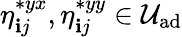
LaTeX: \eta_{\mathbf{i}j}^{*{yx}},\eta_{\mathbf{i}j}^{*{yy}}\in\mathcal{{U}}_{\textrm{{ad}}}